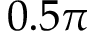
0 . 5 \pi